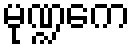
မုဏ္ဍကေ